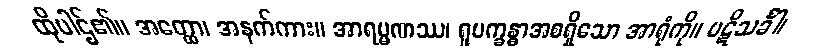
ထိုပါဌ်၏။ အတ္ထော၊ အနက်ကား။ အာရမ္မဏဿ၊ ရူပက္ခန္ဓာအစရှိသော အာရုံကို။ ပဋိသင်္ခါ၊